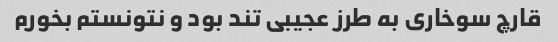
قارچ سوخاری به طرز عجیبی تند بود و نتونستم بخورم